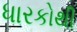
ધારકોથી